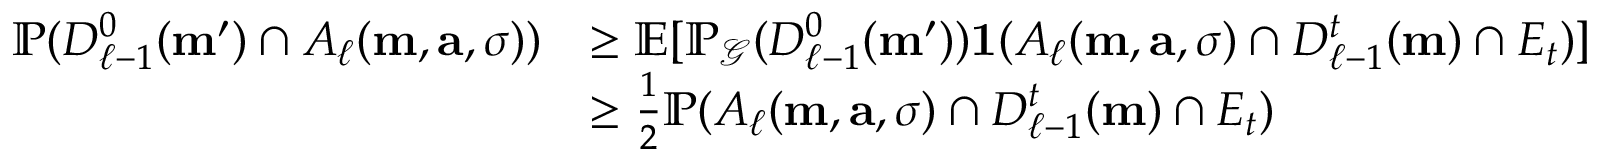
\begin{array} { r l } { \mathbb { P } ( D _ { \ell - 1 } ^ { 0 } ( \mathbf { m } ^ { \prime } ) \cap A _ { \ell } ( \mathbf { m } , \mathbf { a } , \sigma ) ) } & { \ge \mathbb { E } [ \mathbb { P } _ { \mathcal { G } } ( D _ { \ell - 1 } ^ { 0 } ( \mathbf { m } ^ { \prime } ) ) \mathbf { 1 } ( A _ { \ell } ( \mathbf { m } , \mathbf { a } , \sigma ) \cap D _ { \ell - 1 } ^ { t } ( \mathbf { m } ) \cap E _ { t } ) ] } \\ & { \ge \frac { 1 } 2 \mathbb { P } ( A _ { \ell } ( \mathbf { m } , \mathbf { a } , \sigma ) \cap D _ { \ell - 1 } ^ { t } ( \mathbf { m } ) \cap E _ { t } ) } \end{array}